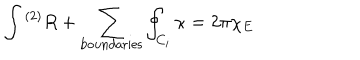
\int { } ^ { ( 2 ) } R + \sum _ { \mathrm { b o u n d a r i e s } } \oint _ { C _ { i } } \kappa = 2 \pi \chi _ { E }